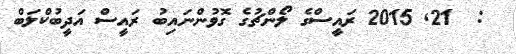
:  21